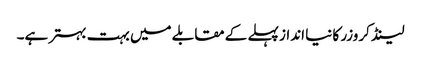
لینڈ کروزر کا نیا انداز پہلے کے مقابلے میں بہت بہتر ہے۔